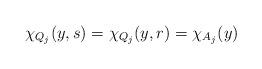
LaTeX: \begin{align*} \chi_{Q_j}(y,s) = \chi_{Q_j}(y,r) = \chi_{A_j}(y)\end{align*}